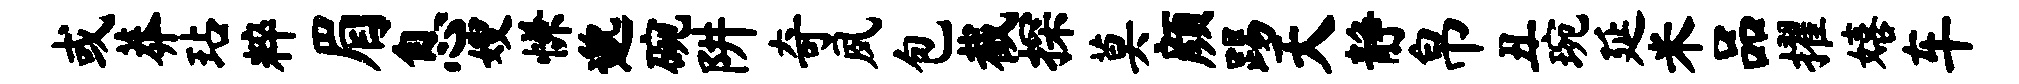
或莽玷粹眉息嫂慊邈碗阱奇夙包截探莫颜踢天静帛丑琬延米品擢嬉车